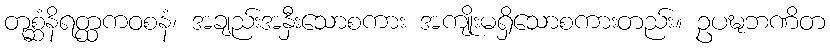
တုစ္ဆံနိရတ္ထကဝစနံ၊ အချည်းအနှီးသောစကား အကျိုးမရှိသောစကားတည်း။ ဥပဍ္ဎဘဏိတ